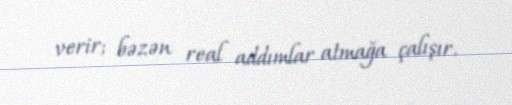
verir; bəzən real addımlar atmağa çalışır.